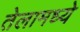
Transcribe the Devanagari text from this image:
तेलामध्ये